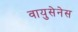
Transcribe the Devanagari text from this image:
वायुसेनेस